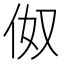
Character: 伮